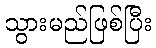
သွားမည်ဖြစ်ပြီး